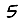
Digit: 5